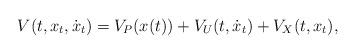
LaTeX: \begin{align*}V(t,x_t,\dot x_t)=V_P(x(t))+V_U(t,\dot x_t)+V_X(t,x_t),\end{align*}